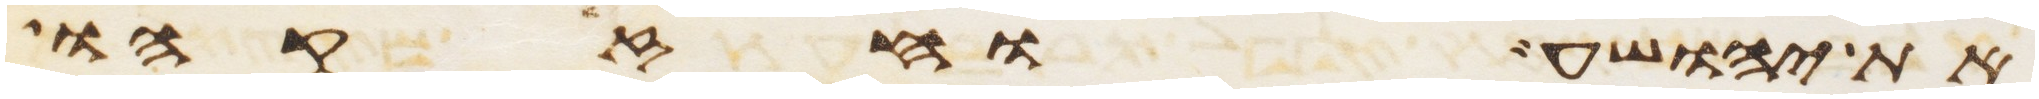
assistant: את יהושע וחזקהו